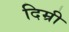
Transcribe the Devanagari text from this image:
दिम्री